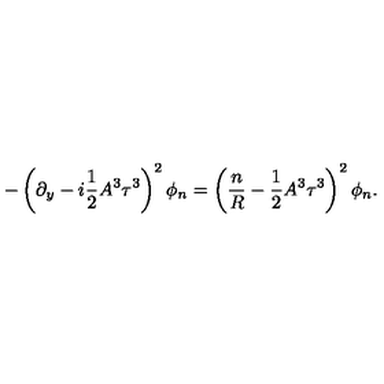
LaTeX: - \left( \partial _ { y } - i \frac { 1 } { 2 } A ^ { 3 } \tau ^ { 3 } \right) ^ { 2 } \phi _ { n } = \left( \frac { n } { R } - \frac { 1 } { 2 } A ^ { 3 } \tau ^ { 3 } \right) ^ { 2 } \phi _ { n } .